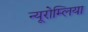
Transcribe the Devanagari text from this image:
न्यूरोम्लिया